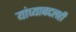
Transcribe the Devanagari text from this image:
यांच्याबद्दलही